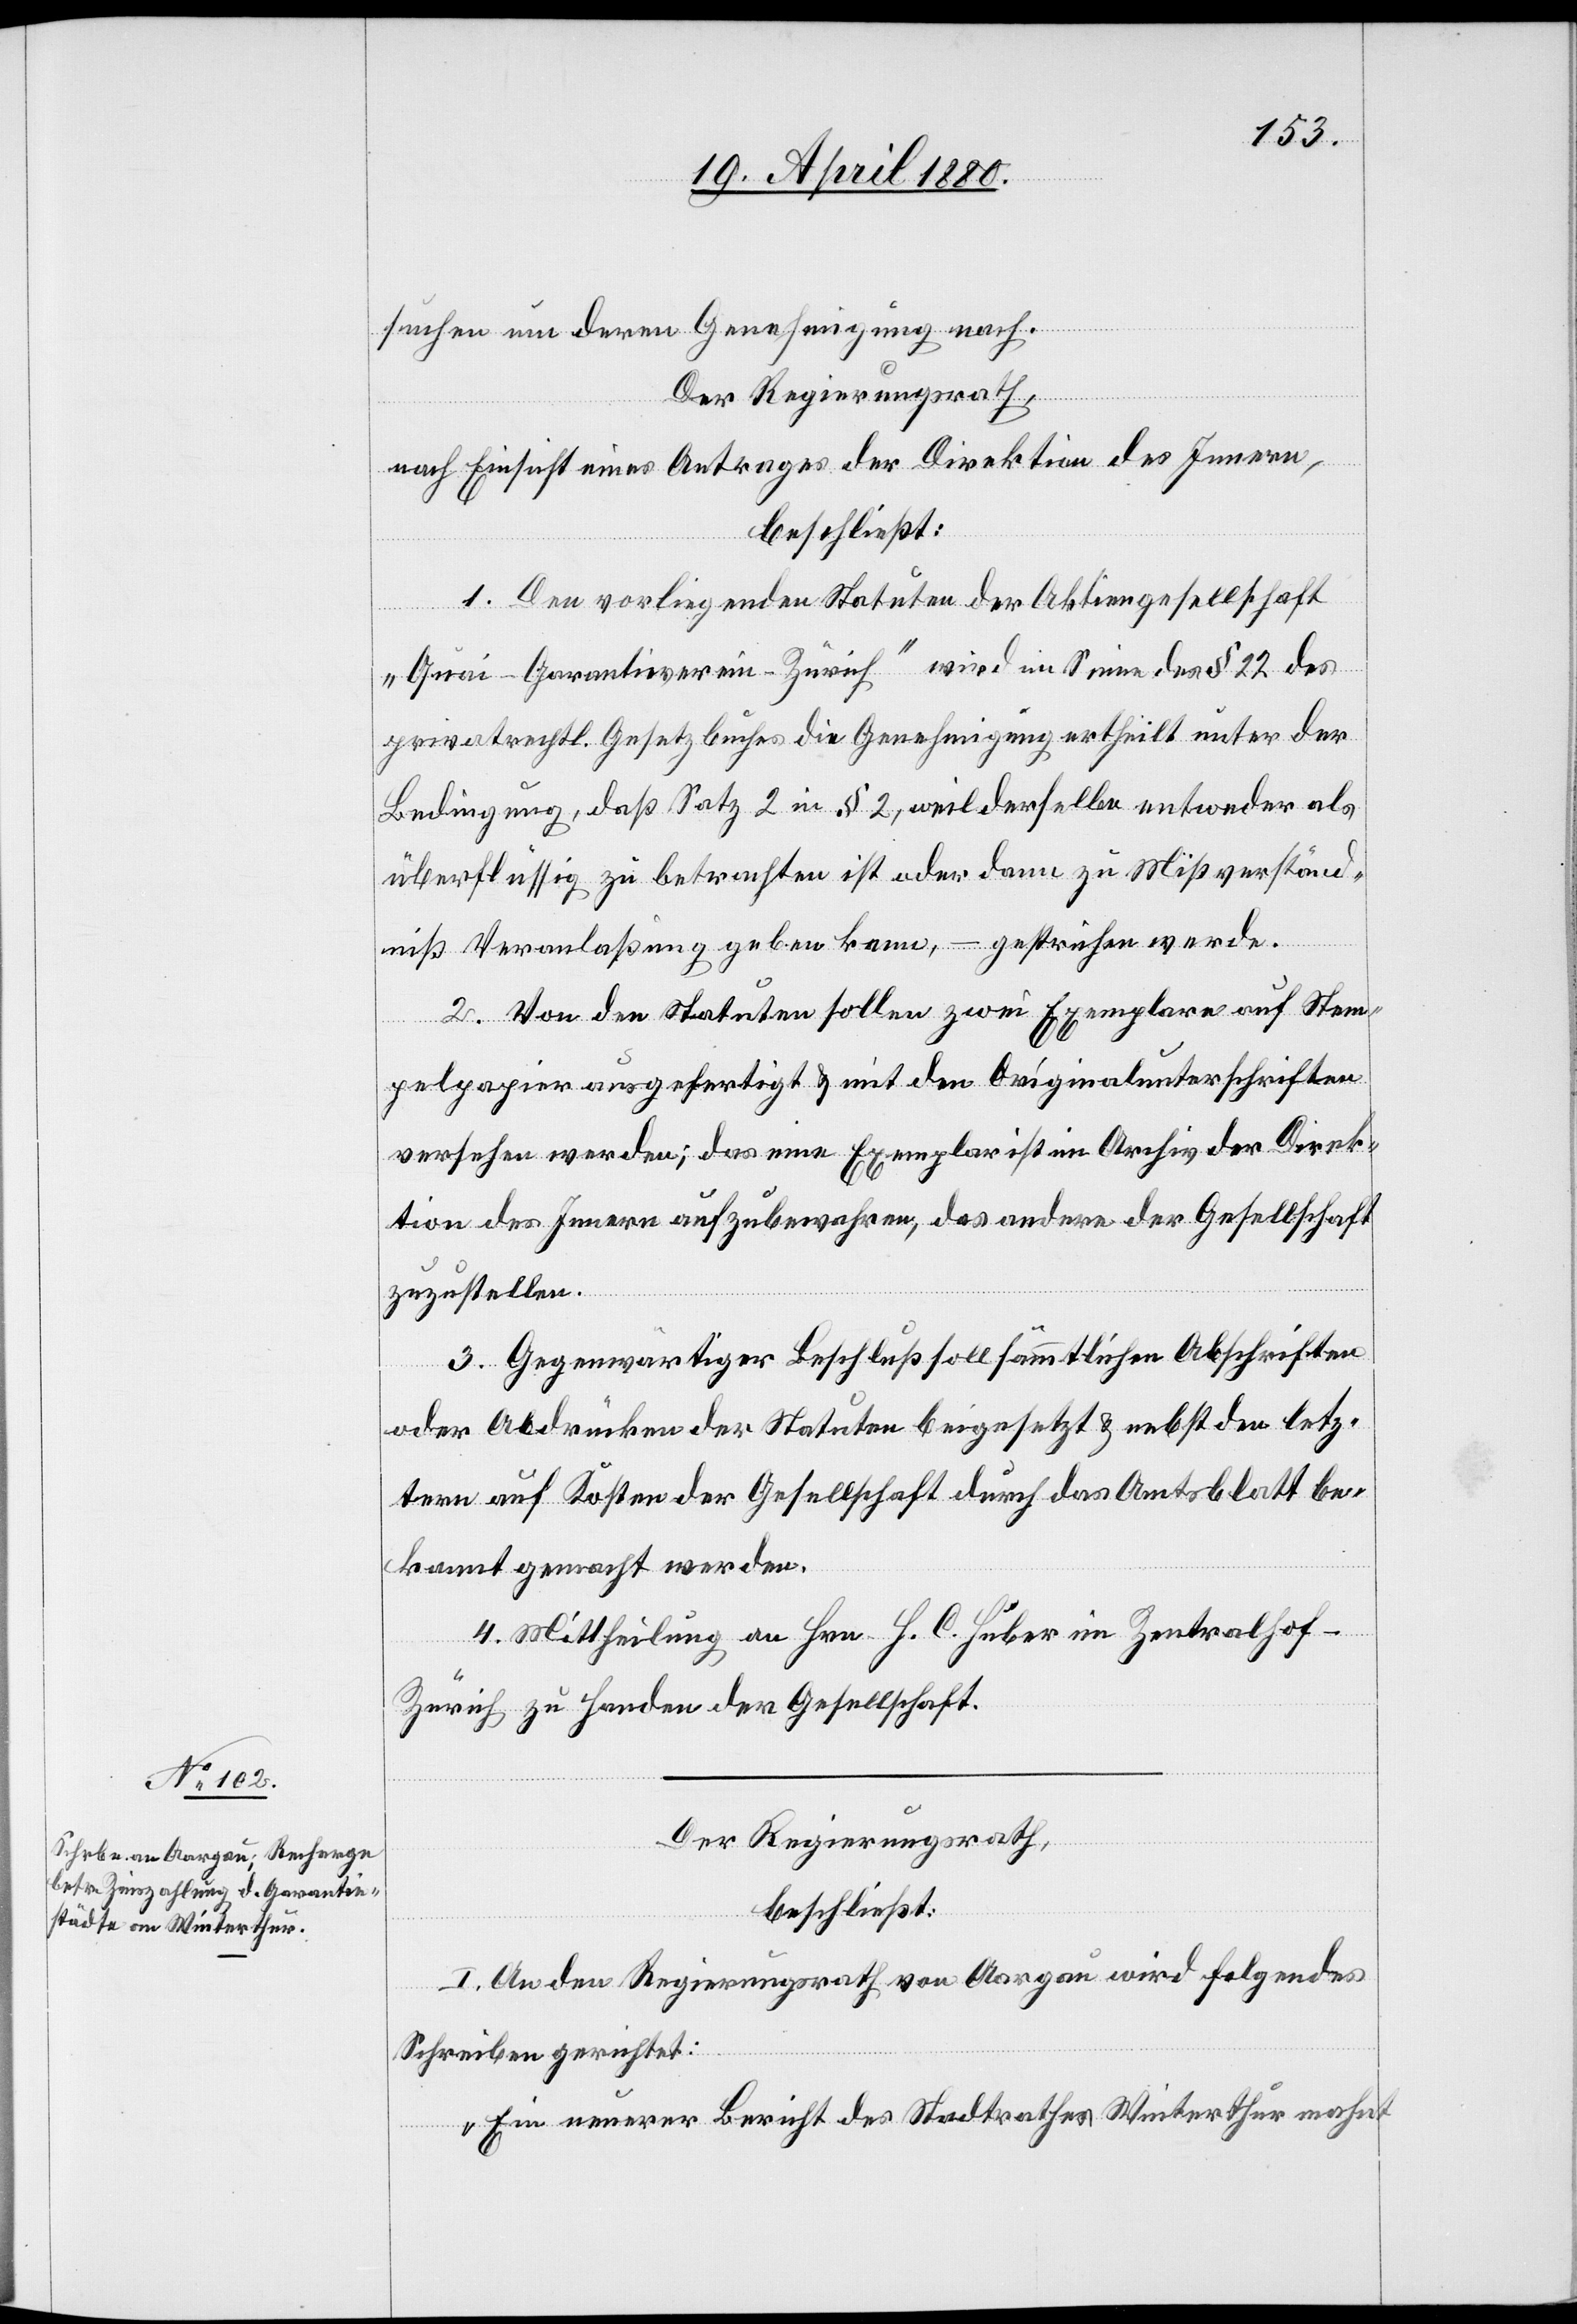
suchen um deren Genehmigung nach.
Der Regierungsrath,
nach Einsicht eines Antrages der Direktion des Innern,
beschließt:
1. Den vorliegenden Statuten der Aktiengesellschaft
„Quai-Garantieverein-Zürich“ wird im Sinne des § 22 des
privatrechtl. Gesetzbuches die Genehmigung ertheilt unter der
Bedingung, daß Satz 2 in § 2, weil derselbe entweder als
überflüssig zu betrachten ist oder dann zu Mißverständ¬
niß Veranlaßung geben kann, – gestrichen werde.
2. Von den Statuten sollen zwei Exemplare auf Stem¬
pelpapier ausgefertigt & mit den Originalunterschriften
versehen werden; das eine Exemplar ist im Archiv der Direk¬
tion des Innern aufzubewahren, das andere der Gesellschaft
zuzustellen.
3. Gegenwärtiger Beschluß soll sämmtlichen Abschriften
oder Abdrücken der Statuten beigesetzt & nebst den letz¬
tern auf Kosten der Gesellschaft durch das Amtsblatt be¬
kannt gemacht werden.
4. Mittheilung an Hrn. H. C. Huber im Zentralhof
Zürich zu Handen der Gesellschaft.
Der Regierungsrath,
beschließt:
I. An den Regierungsrath von Aargau wird folgendes
Schreiben gerichtet:
„Ein neuerer Bericht des Stadtrathes Winterthur mahnt